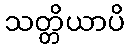
သတ္တိယာပိ